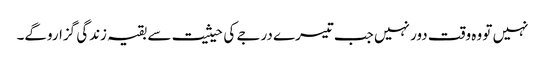
نہیں تو وہ وقت دور نہیں جب تیسرے درجے کی حیثیت سے بقیہ زندگی گزاروگے۔